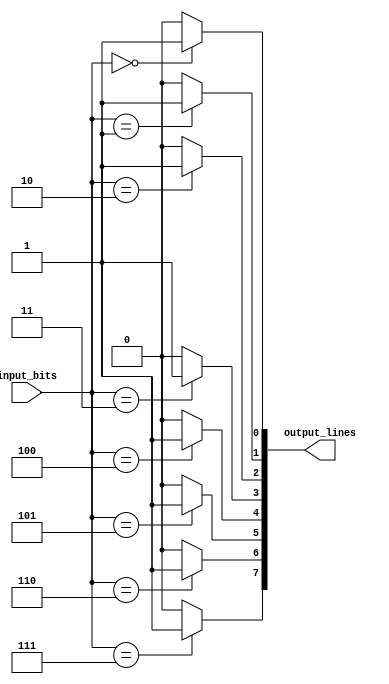
module Decoder_3to8(
    input [2:0] input_bits,
    output [7:0] output_lines
);

assign output_lines[0] = (input_bits == 3'b000) ? 1'b1 : 1'b0;
assign output_lines[1] = (input_bits == 3'b001) ? 1'b1 : 1'b0;
assign output_lines[2] = (input_bits == 3'b010) ? 1'b1 : 1'b0;
assign output_lines[3] = (input_bits == 3'b011) ? 1'b1 : 1'b0;
assign output_lines[4] = (input_bits == 3'b100) ? 1'b1 : 1'b0;
assign output_lines[5] = (input_bits == 3'b101) ? 1'b1 : 1'b0;
assign output_lines[6] = (input_bits == 3'b110) ? 1'b1 : 1'b0;
assign output_lines[7] = (input_bits == 3'b111) ? 1'b1 : 1'b0;

endmodule